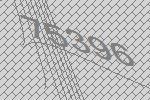
75396